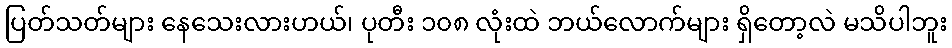
ပြတ်သတ်များ နေသေးလားဟယ်၊ ပုတီး ၁၀၈ လုံးထဲ ဘယ်လောက်များ ရှိတော့လဲ မသိပါဘူး